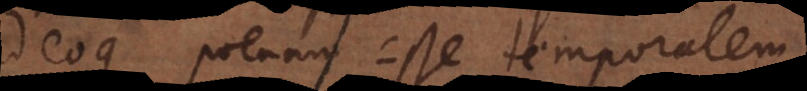
adeoque poenam esse temporalem.